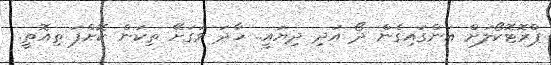
ޕްރޮޓޮކޯލަށް އަންގައިގެން ދޯ އަދި ދިޔައީ.. ހާދަ ވަގަށޭ ތިކަން ކޮށްފަ ތިއޮތީ.